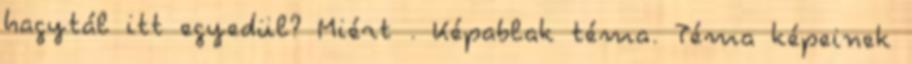
hagytál itt egyedül? Miért . Képablak téma. Téma képeinek